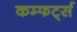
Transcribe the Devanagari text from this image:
कम्फर्ट्स